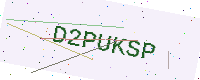
Text: D2PUKSP